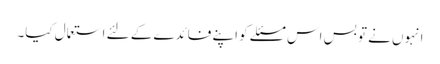
انہوں نے تو بس اس مسئلے کو اپنے فائدے کے لئے استعمال کیا۔